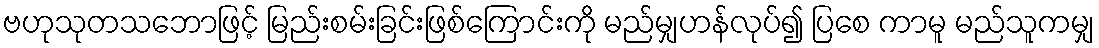
ဗဟုသုတသဘောဖြင့် မြည်းစမ်းခြင်းဖြစ်ကြောင်းကို မည်မျှဟန်လုပ်၍ ပြစေ ကာမူ မည်သူကမျှ